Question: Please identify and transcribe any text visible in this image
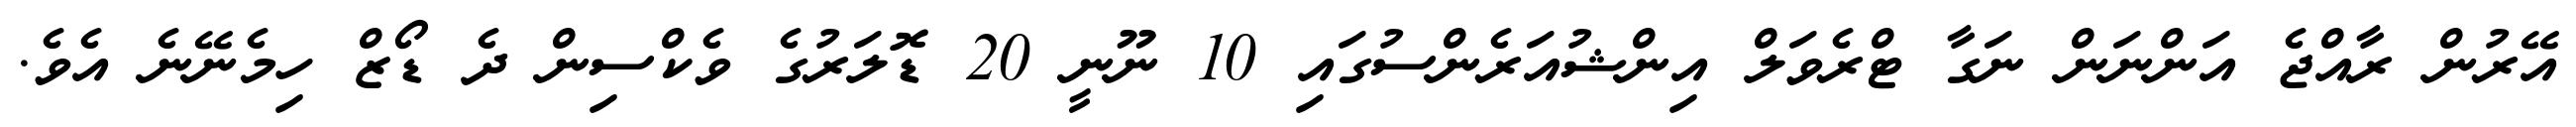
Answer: އޭރުން ރާއްޖެ އަންނަން ނަގާ ޓްރެވަލް އިންޝުއަރެންސުގައި 10 ނޫނީ 20 ޑޮލަރުގެ ވެކްސިން ދެ ޑޯޒް ހިމެނޭނެ އެވެ.